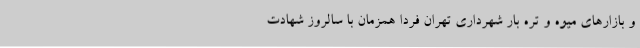
و بازارهای میوه و تره بار شهرداری تهران فردا همزمان با سالروز شهادت